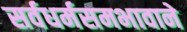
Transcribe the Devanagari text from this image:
सर्वधर्मसमभावाने